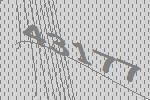
43177